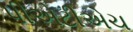
પીએટીએચ